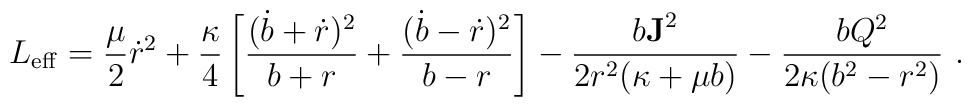
L_{\rm eff} = {\mu \over 2}\dot r^2         + {\kappa\over 4} \left[{(\dot b+ \dot r)^2 \over b+r}             + {(\dot b - \dot r)^2 \over b-r} \right]       - { b {\bf J}^2\over 2 r^2(\kappa + \mu b)}       - {b Q^2\over 2\kappa(b^2 -r^2)} \, \,.